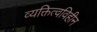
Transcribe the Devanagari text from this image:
व्यक्तित्वविहीन